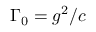
\Gamma _ { 0 } = g ^ { 2 } / c